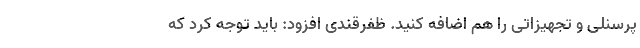
پرسنلی و تجهیزاتی را هم اضافه کنید. ظفرقندی افزود: باید توجه کرد که